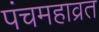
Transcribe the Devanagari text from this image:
पंचमहाव्रत